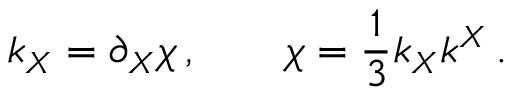
k _ { X } = \partial _ { X } \chi \, , \qquad \chi = \frac 1 3 k _ { X } k ^ { X } \, .